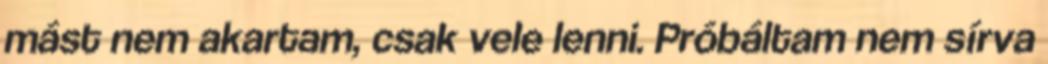
mást nem akartam, csak vele lenni. Próbáltam nem sírva